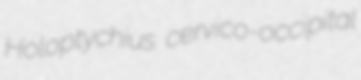
Holoptychius cervico-occipital